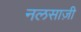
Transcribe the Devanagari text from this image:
नलसाज़ी